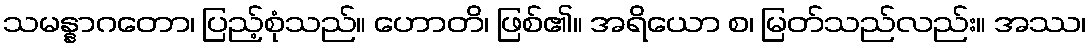
သမန္နာဂတော၊ ပြည့်စုံသည်။ ဟောတိ၊ ဖြစ်၏။ အရိယော စ၊ မြတ်သည်လည်း။ အဿ၊